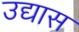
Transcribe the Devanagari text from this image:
उद्यास